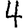
Digit: 4